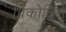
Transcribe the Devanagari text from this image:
विको़डिन